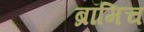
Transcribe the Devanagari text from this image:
ब्रॉमिच